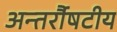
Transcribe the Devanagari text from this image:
अन्तर्रौषटीय